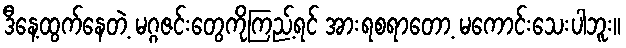
ဒီနေ့ထွက်နေတဲ့ မဂ္ဂဇင်းတွေကိုကြည့်ရင် အားရစရာတော့ မကောင်းသေးပါဘူး။